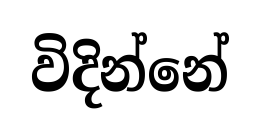
විදින්නේ